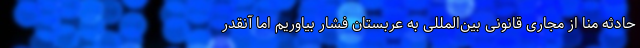
حادثه منا از مجاری قانونی بین‌المللی به عربستان فشار بیاوریم اما آنقدر